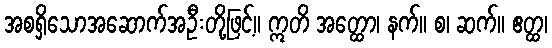
အစရှိသောအဆောက်အဦးတို့ဖြင့်။ ဣတိ အတ္ထော၊ နက်။ စ၊ ဆက်။ ဧတ္ထ၊